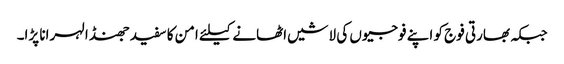
جبکہ بھارتی فوج کو اپنے فوجیوں کی لاشیں اٹھانے کیلئے امن کا سفید جھنڈا لہرانا پڑا۔